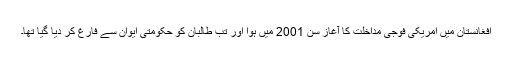
افغانستان میں امریکی فوجی مداخلت کا آغاز سن 2001 میں ہوا اور تب طالبان کو حکومتی ایوان سے فارغ کر دیا گیا تھا۔